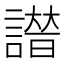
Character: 𧫭